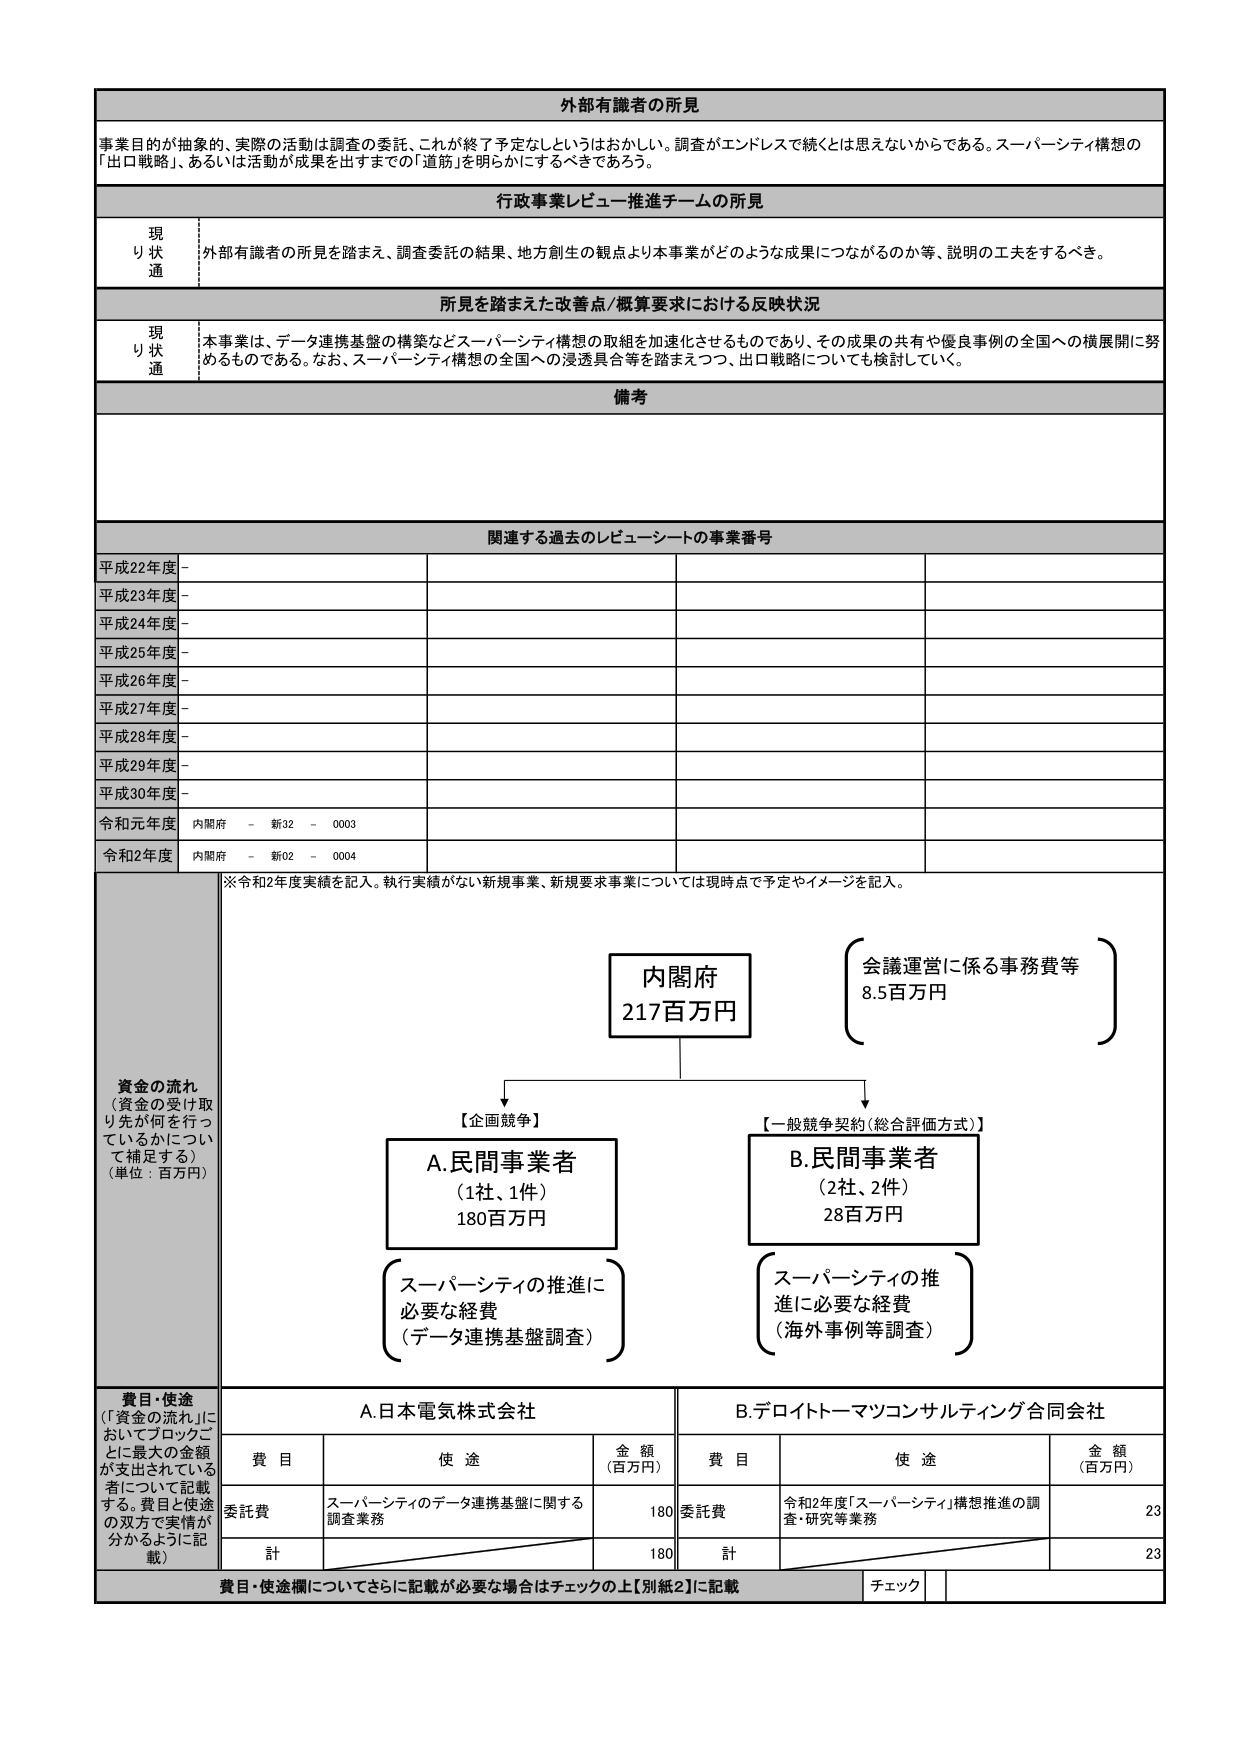
外部有識者の所見
事業目的が抽象的、実際の活動は調査の委託、これが終了予定なしというはおかしい。調査がエンドレスで続くとは思えないからである。スーパーシティ構想の「出口戦略」、あるいは活動が成果を出すまでの「道筋」を明らかにするべきであろう。

行政事業レビュー推進チームの所見
現
り状
通
外部有識者の所見を踏まえ、調査委託の結果、地方創生の観点より本事業がどのような成果につながるのか等、説明の工夫をするべき。

所見を踏まえた改善点/概算要求における反映状況
現
り状
通
本事業は、データ連携基盤の構築などスーパーシティ構想の取組を加速化させるものであり、その成果の共有や優良事例の全国への横展開に努めるものである。なお、スーパーシティ構想の全国への浸透具合等を踏まえつつ、出口戦略についても検討していく。

備考

関連する過去のレビューシートの事業番号
平成22年度 -
平成23年度 -
平成24年度 -
平成25年度 -
平成26年度 -
平成27年度 -
平成28年度 -
平成29年度 -
平成30年度 -
令和元年度 内閣府 - 新32 - 0003
令和2年度 内閣府 - 新02 - 0004

※令和2年度実績を記入。執行実績がない新規事業、新規要求事業については現時点で予定やイメージを記入。

資金の流れ
（資金の受け取り先が何を行っているかについて補足する）
（単位：百万円）

内閣府
217百万円

会議運営に係る事務費等
8.5百万円

【企画競争】
A.民間事業者
（1社、1件）
180百万円

【一般競争契約（総合評価方式）】
B.民間事業者
（2社、2件）
28百万円

（スーパーシティの推進に必要な経費
（データ連携基盤調査））

（スーパーシティの推進に必要な経費
（海外事例等調査））

費目・使途
（「資金の流れ」においてブロックごとに最大の金額が支出されている者について記載する。費目と使途の双方で実情が分かるように記載）

A.日本電気株式会社
B.デロイトトーマツコンサルティング合同会社

費目 使途 金額（百万円） 費目 使途 金額（百万円）
委託費 スーパーシティのデータ連携基盤に関する調査業務 180 委託費 令和2年度「スーパーシティ」構想推進の調査・研究等業務 23
計 180 計 23

費目・使途欄についてさらに記載が必要な場合はチェックの上【別紙2】に記載
チェック